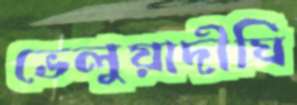
ভেলুয়াদীঘি